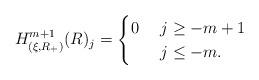
LaTeX: \begin{align*} H^{m+1}_{(\xi, R_+)}(R)_j = \begin{cases} 0 & \ j \geq -m + 1 \\ \ & \ j \leq -m.\end{cases}\end{align*}